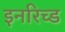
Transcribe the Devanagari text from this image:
इनरिच्ड